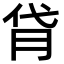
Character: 𦙯